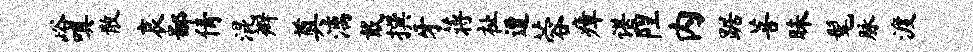
峪嗔散哀鄙倩混辫奠漓戴撰牙蒋祉遭蓉瘴谌隍内踞菩昧髦脉渡